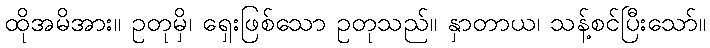
ထိုအမိအား။ ဥတုမှိ၊ ရှေးဖြစ်သော ဥတုသည်။ နှာတာယ၊ သန့်စင်ပြီးသော်။